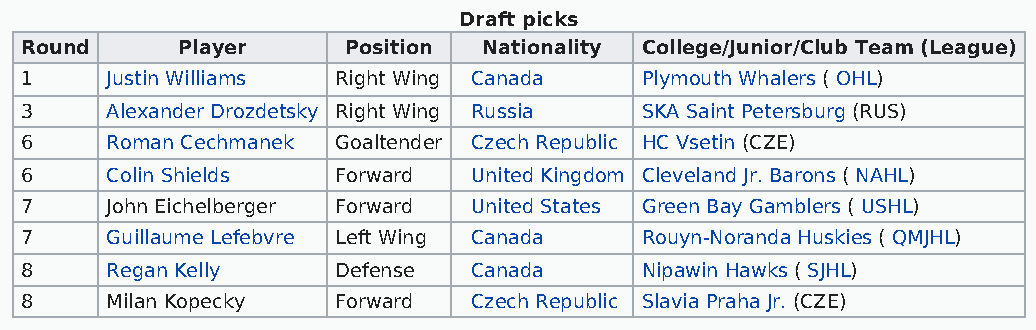
Draft picks
 Round      Player     Position Nationality College/Junior/Club Team (League)
 1     Justin Williams Right Wing Canada  Plymouth Whalers ( OHL)
 3     Alexander Drozdetsky Right Wing Russia SKA Saint Petersburg (RUS)
 6     Roman Cechmanek Goaltender Czech Republic HC Vsetin (CZE)
 6     Colin Shields  Forward  United Kingdom Cleveland Jr. Barons ( NAHL)
 7     John Eichelberger Forward United States Green Bay Gamblers ( USHL)
 7     Guillaume Lefebvre Left Wing Canada Rouyn-Noranda Huskies ( QMJHL)
 8     Regan Kelly    Defense  Canada     Nipawin Hawks ( SJHL)
 8     Milan Kopecky  Forward  Czech Republic Slavia Praha Jr. (CZE)